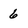
Character: 6